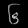
Digit: ၆